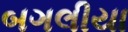
બગલીયા